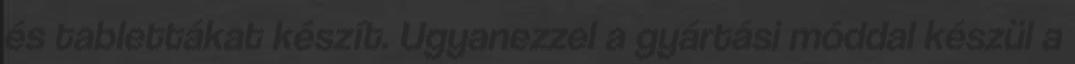
és tablettákat készít. Ugyanezzel a gyártási móddal készül a